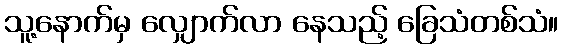
သူ့နောက်မှ လျှောက်လာ နေသည့် ခြေသံတစ်သံ။